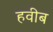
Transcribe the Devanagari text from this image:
हवीब